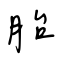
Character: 胎